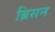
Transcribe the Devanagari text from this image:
ब्रिसन